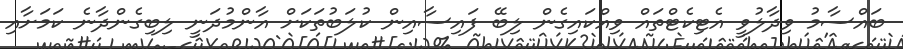
ބައްސާމު ވިދާލުވީ އެޓިކެޓްތައް ވިއްކައިގެން ލިބޭ ފައިސާއިން ކުލަބުތަކަށް އާންމުދަނީ ލިބިގެންދާނެ ކަމަށާއި